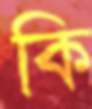
কি